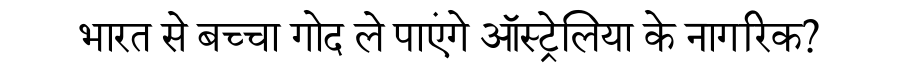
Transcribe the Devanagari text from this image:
भारत से बच्चा गोद ले पाएंगे ऑस्ट्रेलिया के नागरिक?